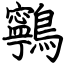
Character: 鸋